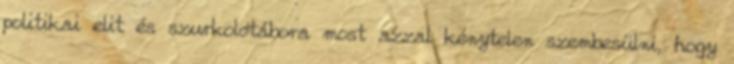
politikai elit és szurkolótábora most azzal kénytelen szembesülni, hogy